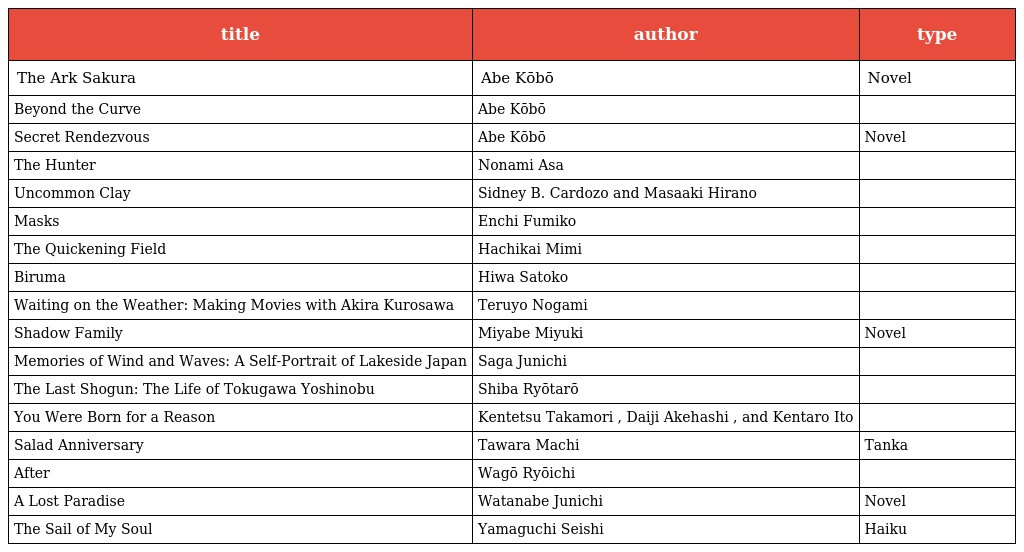
| title | author | type |
 | --- | --- | --- |
 | The Ark Sakura | Abe Kōbō | Novel |
 | Beyond the Curve | Abe Kōbō |  |
 | Secret Rendezvous | Abe Kōbō | Novel |
 | The Hunter | Nonami Asa |  |
 | Uncommon Clay | Sidney B. Cardozo and Masaaki Hirano |  |
 | Masks | Enchi Fumiko |  |
 | The Quickening Field | Hachikai Mimi |  |
 | Biruma | Hiwa Satoko |  |
 | Waiting on the Weather: Making Movies with Akira Kurosawa | Teruyo Nogami |  |
 | Shadow Family | Miyabe Miyuki | Novel |
 | Memories of Wind and Waves: A Self-Portrait of Lakeside Japan | Saga Junichi |  |
 | The Last Shogun: The Life of Tokugawa Yoshinobu | Shiba Ryōtarō |  |
 | You Were Born for a Reason | Kentetsu Takamori , Daiji Akehashi , and Kentaro Ito |  |
 | Salad Anniversary | Tawara Machi | Tanka |
 | After | Wagō Ryōichi |  |
 | A Lost Paradise | Watanabe Junichi | Novel |
 | The Sail of My Soul | Yamaguchi Seishi | Haiku |